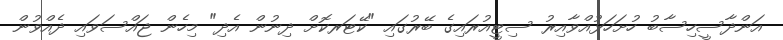
އަންދާސީހިސާބު ހުށަހަޅުއްވާއިރު ސިޓީއުރައިގެ ބޭރުގައި "ކޭޓަރކޮށް ދިނުން އެދި" މިހެން ޖައްސަވައި ދެއްވުން